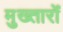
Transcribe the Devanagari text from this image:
मुख्तारों